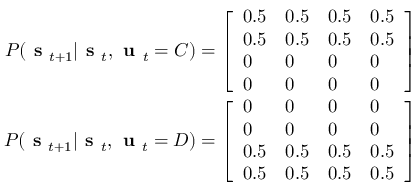
\begin{array} { r } { P ( \textbf { s } _ { t + 1 } | \textbf { s } _ { t } , \textbf { u } _ { t } = C ) = \left[ \begin{array} { l l l l } { 0 . 5 } & { 0 . 5 } & { 0 . 5 } & { 0 . 5 } \\ { 0 . 5 } & { 0 . 5 } & { 0 . 5 } & { 0 . 5 } \\ { 0 } & { 0 } & { 0 } & { 0 } \\ { 0 } & { 0 } & { 0 } & { 0 } \end{array} \right] } \\ { P ( \textbf { s } _ { t + 1 } | \textbf { s } _ { t } , \textbf { u } _ { t } = D ) = \left[ \begin{array} { l l l l } { 0 } & { 0 } & { 0 } & { 0 } \\ { 0 } & { 0 } & { 0 } & { 0 } \\ { 0 . 5 } & { 0 . 5 } & { 0 . 5 } & { 0 . 5 } \\ { 0 . 5 } & { 0 . 5 } & { 0 . 5 } & { 0 . 5 } \end{array} \right] } \end{array}